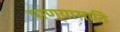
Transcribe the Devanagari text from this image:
पाण्यासाठि